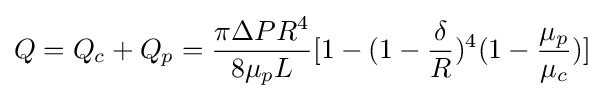
Q=Q_{c}+Q_{p}={\frac {\pi \Delta PR^{4}}{8\mu _{p}L}}[1-(1-{\frac {\delta }{R}})^{4}(1-{\frac {\mu _{p}}{\mu _{c}}})]